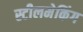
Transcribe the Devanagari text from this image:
स्टीलमेकिंग